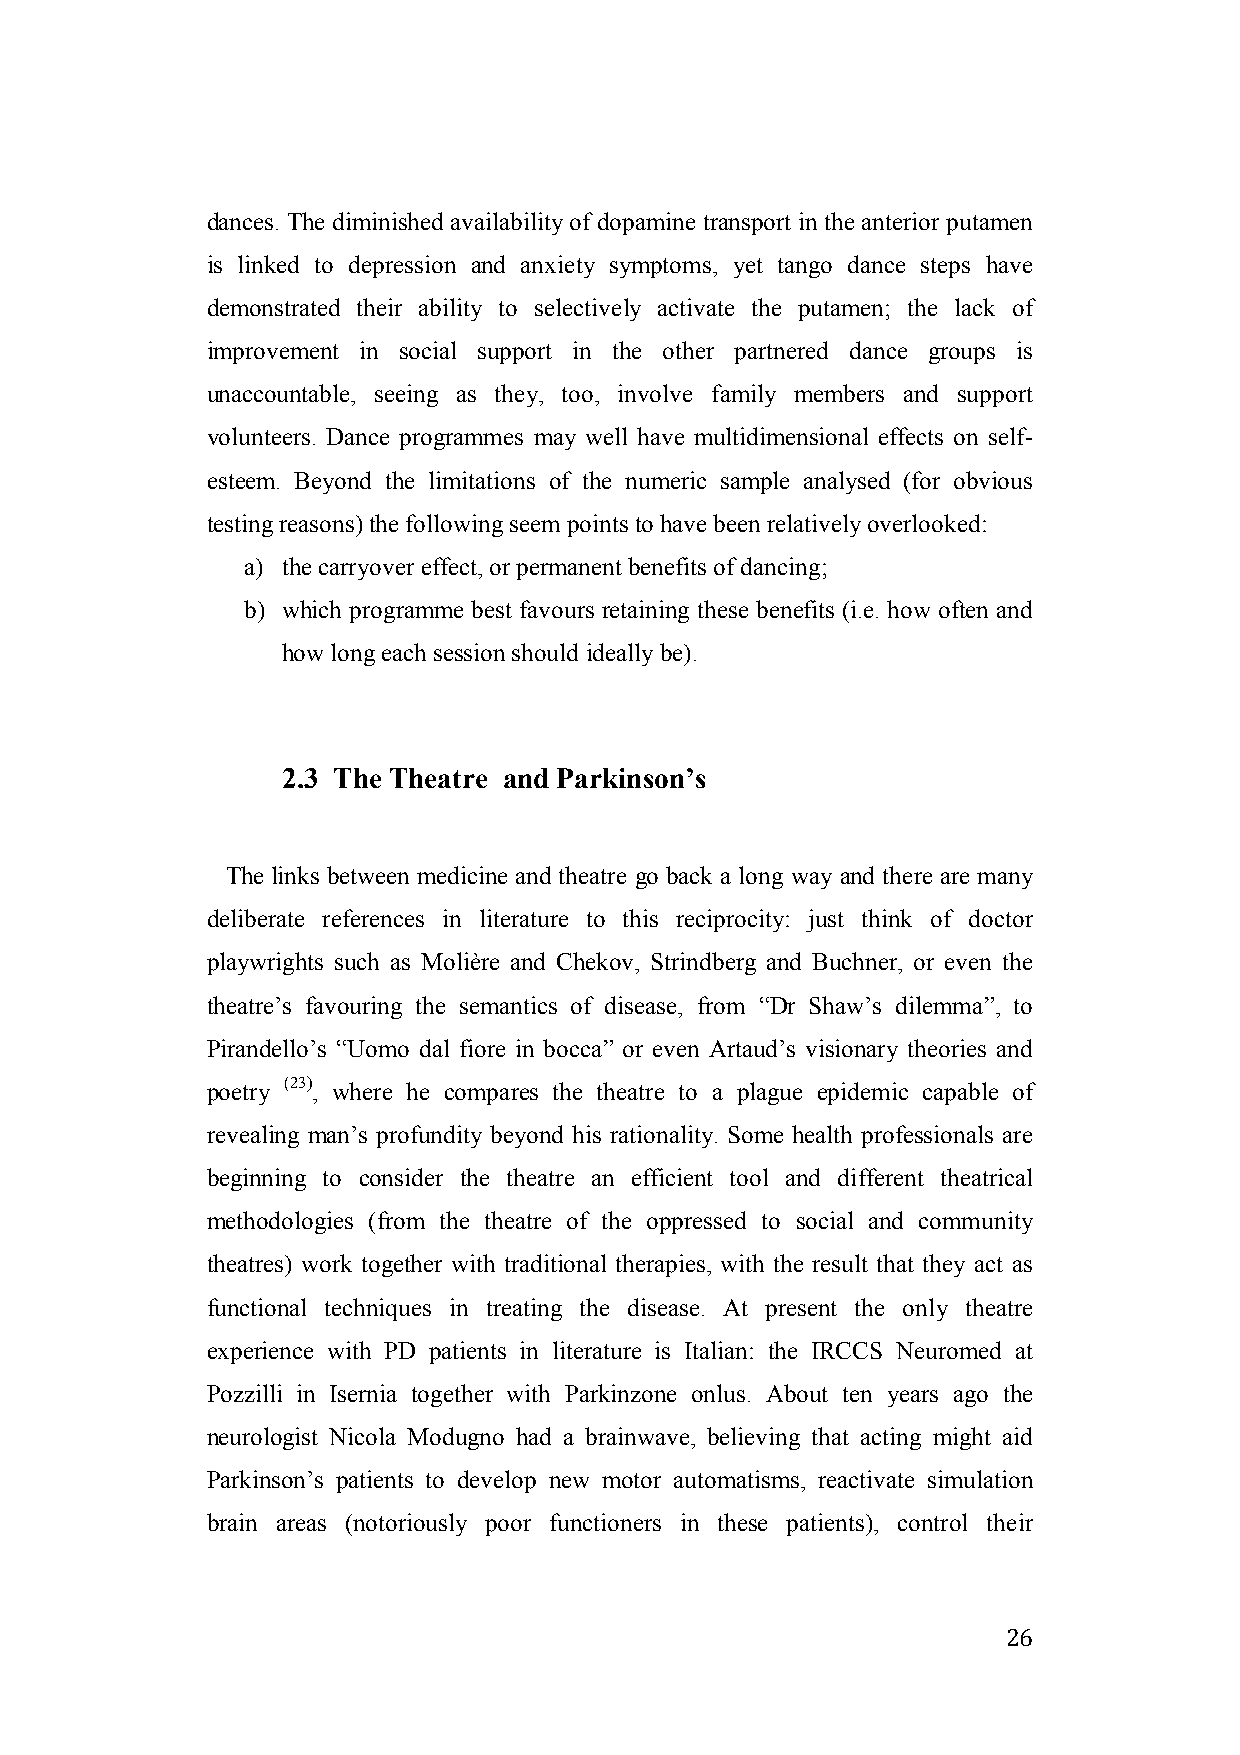
dances. The diminished availability of dopamine transport in the anterior putamen
 is linked to depression and anxiety symptoms, yet tango dance steps have
 demonstrated their ability to selectively activate the putamen; the lack of
 improvement in social support in the other partnered dance groups is
 unaccountable, seeing as they, too, involve family members and support
 volunteers. Dance programmes may well have multidimensional effects on self-
 esteem. Beyond the limitations of the numeric sample analysed (for obvious
 testing reasons) the following seem points to have been relatively overlooked:
 a) the carryover effect, or permanent benefits of dancing;
 b) which programme best favours retaining these benefits (i.e. how often and
 how long each session should ideally be).
 2.3 The Theatre and Parkinson’s
 The links between medicine and theatre go back a long way and there are many
 deliberate references in literature to this reciprocity: just think of doctor
 playwrights such as Molière and Chekov, Strindberg and Buchner, or even the
 theatre’s favouring the semantics of disease, from “Dr Shaw’s dilemma”, to
 Pirandello’s “Uomo dal fiore in bocca” or even Artaud’s visionary theories and
 poetry (23), where he compares the theatre to a plague epidemic capable of
 revealing man’s profundity beyond his rationality. Some health professionals are
 beginning to consider the theatre an efficient tool and different theatrical
 methodologies (from the theatre of the oppressed to social and community
 theatres) work together with traditional therapies, with the result that they act as
 functional techniques in treating the disease. At present the only theatre
 experience with PD patients in literature is Italian: the IRCCS Neuromed at
 Pozzilli in Isernia together with Parkinzone onlus. About ten years ago the
 neurologist Nicola Modugno had a brainwave, believing that acting might aid
 Parkinson’s patients to develop new motor automatisms, reactivate simulation
 brain areas (notoriously poor functioners in these patients), control their
 26